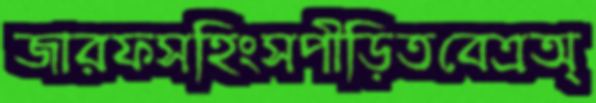
জারফসহিংসপীড়িতবেত্রঅ্